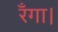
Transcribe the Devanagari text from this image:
रँगा।